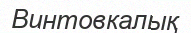
Винтовкалық